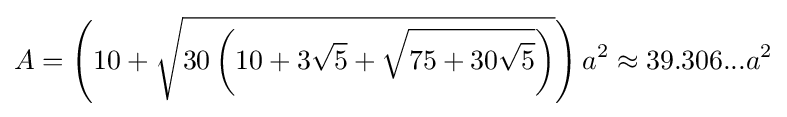
A=\left(10+{\sqrt {30\left(10+3{\sqrt {5}}+{\sqrt {75+30{\sqrt {5}}}}\right)}}\right)a^{2}\approx 39.306...a^{2}